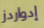
إدواردز